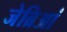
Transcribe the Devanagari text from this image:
जेब्रिआं